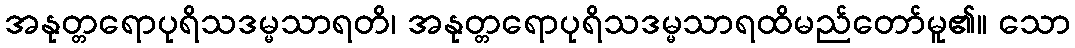
အနုတ္တရောပုရိသဒမ္မသာရတိ၊ အနုတ္တရောပုရိသဒမ္မသာရထိမည်တော်မူ၏။ သော